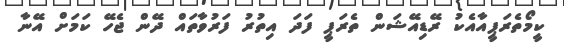
ކީމޯތެރަޕީއާއެކު ރޭޑިއޭޝަން ތެރަޕީ ފަދަ އިތުރު ފަރުވާތައް ދޭން ޖެހޭ ކަމަށް އޭނާ